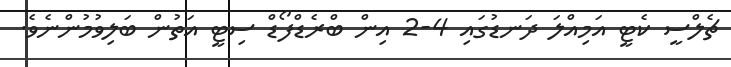
ޗެލްސީ ކެޓީ އަމިއްލަ ދަނޑުގައި 4-2 އިން ބްރެޑްފޯޑް ސިޓީ އަތުން ބަލިވުމުންނެވެ.